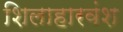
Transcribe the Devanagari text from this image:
शिलाहारवंश